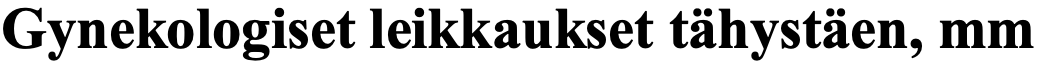
Gynekologiset leikkaukset tähystäen, mm